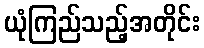
ယုံကြည်သည့်အတိုင်း